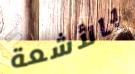
بالأشعة